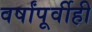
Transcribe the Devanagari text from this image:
वर्षांपूर्वीही